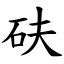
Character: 砆